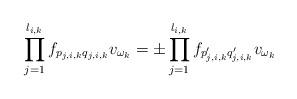
LaTeX: \begin{align*}\prod_{j=1}^{l_{i,k}}f_{p_{j,i,k}q_{j,i,k}}v_{\omega_k}=\pm\prod_{j=1}^{l_{i,k}}f_{p'_{j,i,k}q'_{j,i,k}}v_{\omega_k}\end{align*}